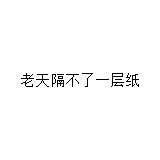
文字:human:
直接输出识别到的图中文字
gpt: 老天隔不了一层纸